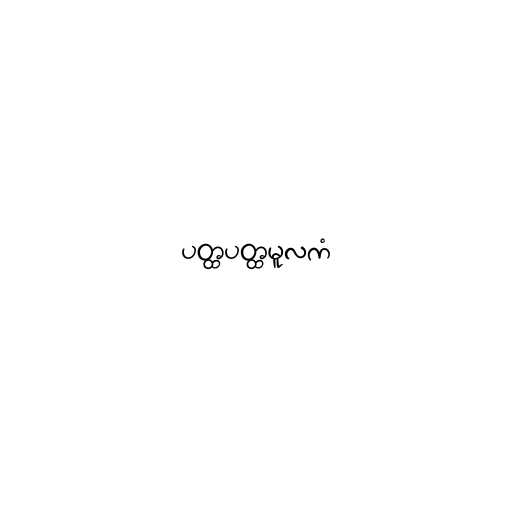
ပတ္ထပတ္ထမူလကံ